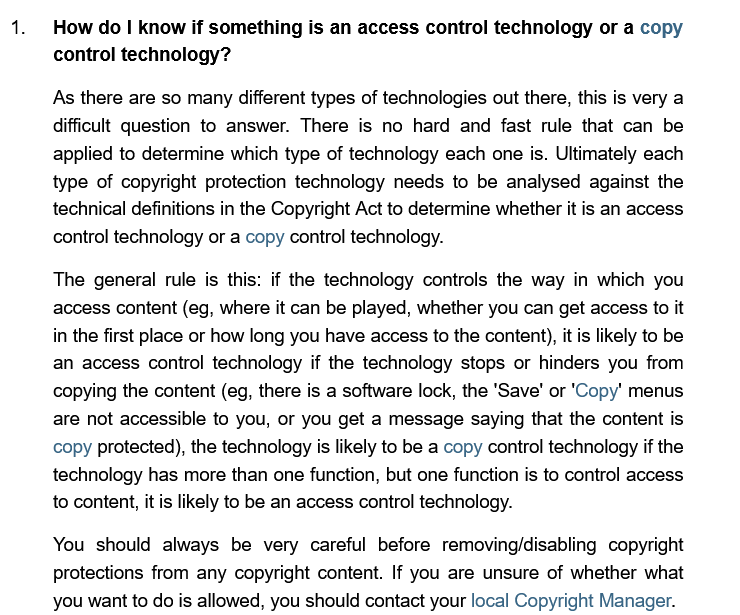
How do | know if something  is an access control technology or a copy
     control technology?
     As there are so many different types of technologies out there, this is very a
     difficult question to answer. There is no hard and fast rule that can be
     applied to determine which type of technology each one is. Ultimately each
     type of copyright protection technology needs to be analysed against the
     technical definitions in the Copyright Act to determine whether it is an access
     control technology or a copy control technology.
     The  general rule is this: if the technology controls the way in which you
     access content (eg, where it can be played, whether you can get access to it
     in the first place or how long you have access to the content), it is likely to be
     an access control technology if the technology stops or hinders you from
     copying the content (eg, there is a software lock, the 'Save' or 'Copy' menus
     are not accessible to you, or you get a message saying that the content is
     copy protected), the technology is likely to be a copy control technology if the
     technology has more than one function, but one function is to control access
     to content, it is likely to be an access control technology.
     You  should always be  very careful before removing/disabling copyright
     protections from any copyright content. If you are unsure of whether what
     you want to do is allowed, you should contact your local Copyright Manager.